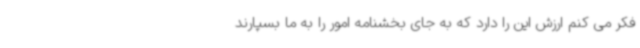
فکر می کنم ارزش این را دارد که به جای بخشنامه امور را به ما بسپارند